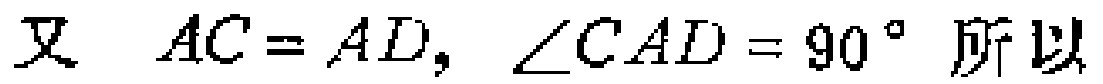
又 \(AC = AD, \angle CAD = 90^{\circ}\) 所以